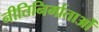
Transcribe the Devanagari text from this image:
नीतिनिर्माताओं